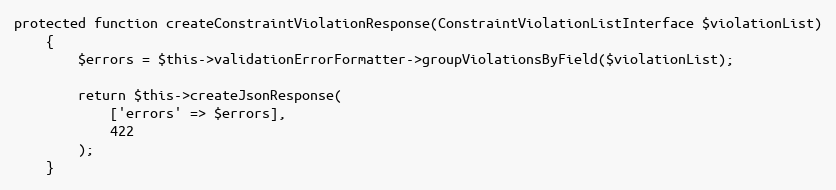
Language: PHP
protected function createConstraintViolationResponse(ConstraintViolationListInterface $violationList)
    {
        $errors = $this->validationErrorFormatter->groupViolationsByField($violationList);

        return $this->createJsonResponse(
            ['errors' => $errors],
            422
        );
    }